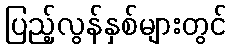
ပြည့်လွန်နှစ်များတွင်